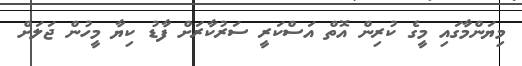
މިޔަންމާގައި މީގެ ކުރިން އޮތް އަސްކަރީ ސަރުކާރަށް ފާޑު ކިޔާ މީހުން ޖަލަށް